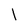
Character: 1